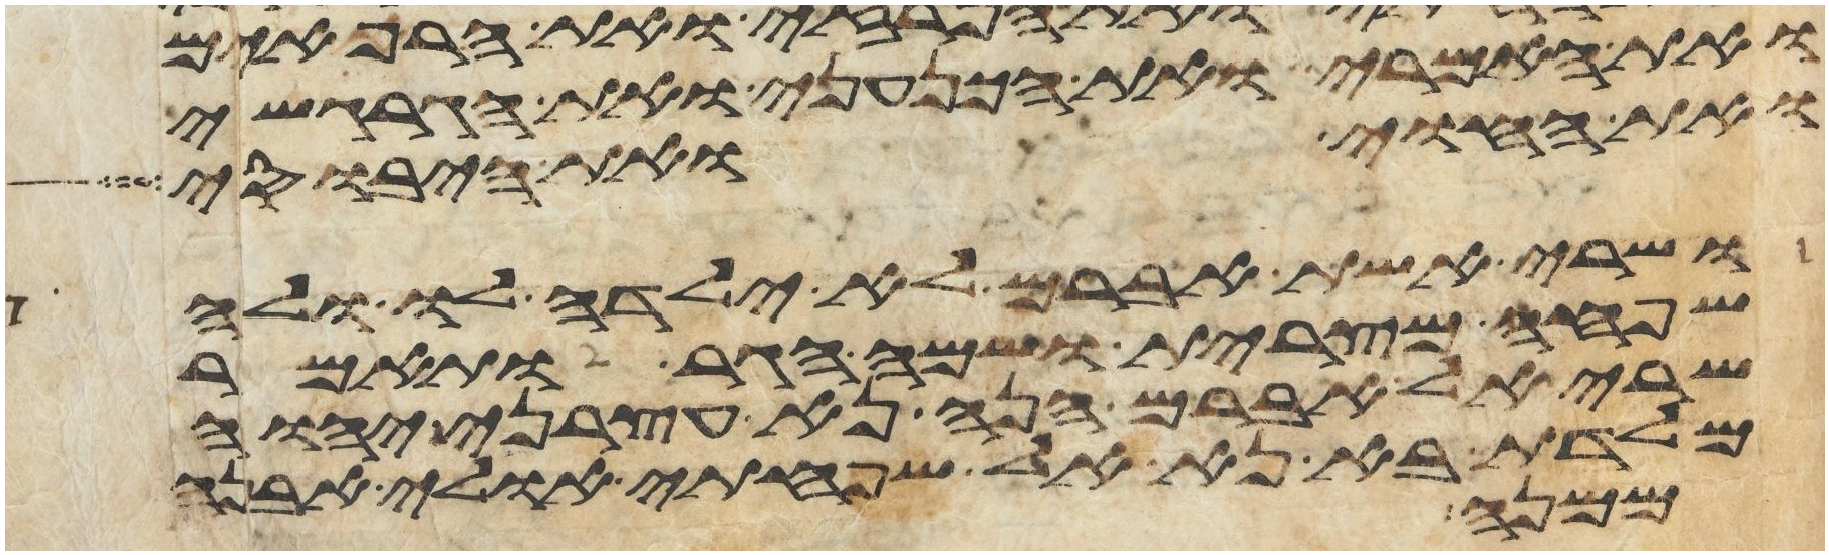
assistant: ואת האמרי ואת הכנעני ואת הגרגשי
ואת החוי ואת היבוסי
ושרי אשת אברם לא ילדה לו ולה
שפחה מצרית ושמה הגר ותאמר
שרי אל אברם הנה נא עצרני יהוה
מלדת בא נא אל שפחתי אולי אבנה
ממנה